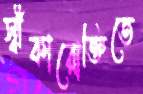
স্বীকারোক্তিতে